Report of the King Institute of Preventive Medicine, Guindy
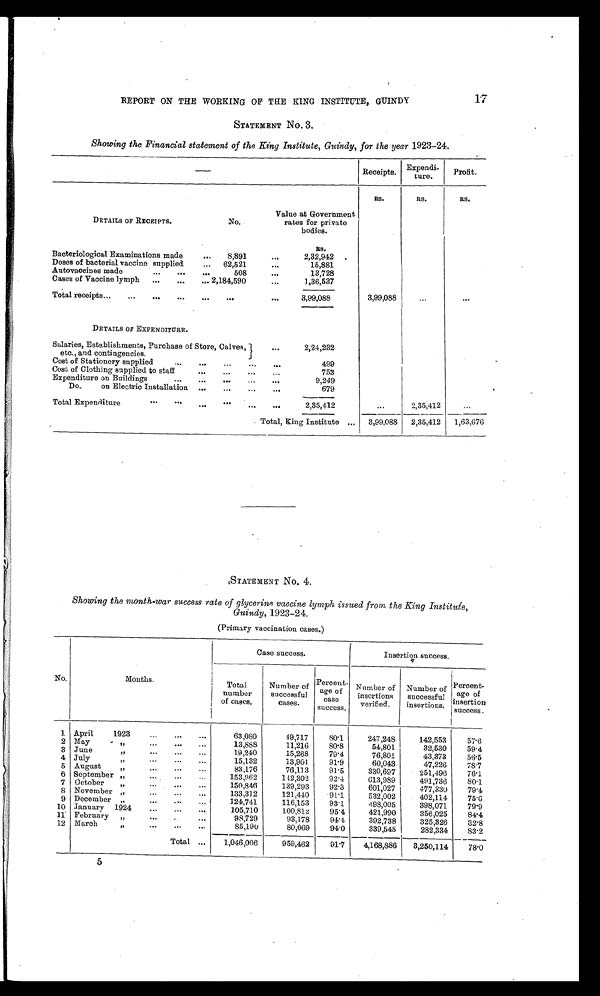
17
REPORT ON THE WORKING OF THE KING INSTITUTE, GUINDY
STATEMENT No. 3.
Showing the Financial statement of the King Institute, Guindy, for the year 1923-24.
— Receipts.
Expendi-
ture.
Profit.
R5.
RS.
RS.
DETAILS OF RECEIPTS.
No.
Value at Government
rates for private
bodies.
Rs.
Bacteriological Examinations made . . .
8,891 . . .
2,32,942
Doses of bacterial vaccine supplied . . .
62,521 . . .
15,881
Autovaocines made . . .
508 . . .
13,728
Cases of Vaccine lymph . . . 2,184,590 . . .
1,36,537
Total receipts . . .
. . .
3,99,088
3,99,08
. . .
. . .
DETAILS OF EXPENDITURE.
Salaries, Establishments, Purchase of Store, Calves,
etc., and contingencies. . . .
2,24,232
Cost of Stationery supplied . . .
499
Cost of Clothing supplied to staff . . .
753
Expenditure on Buildings . . .
9,249
Do.
on Electric Installation . . .
679
Total Expenditure
2,35,41
. . .
2,35,412
. . .
Total, King Institute . . .
3,99,088
2,35,412
1,63,676
STATEMENT No. 4.
Showing the month-war success rate of glycerine vaccine lymph issued from the King Institute,
Guindy, 1923-24.
(Primary vaccination cases.)
No.
Months.
Case success.
Insertion success.
Total
number
of cases.
Number of
successful
cases.
Percent
- age of
case
success.
Number of
insertions
verified.
Number
of successful
insertions.
Percent
-
age of
insertion
success.
1 April
1923 . . .
63,080
49,717
80.1
247,248
142,553
57.6
2 May " . . .
13,888
11,216
80.8
54,801
32,530
59.4
3 June " . . .
19,240
15,268
79.4
76,801
43,373
56.5
4 July " . . .
15,132
13,901
91.9
60,043
47,226
78.7
5 August " . . .
83,176
76,113
91.5
330,697
251,496
76.1
6 September " . . .
153,962
142,302
92.4
613,989
491,736
80.1
7 October " . . .
150,846
139,293
92.3
601,027
477,830
79.4
8 November " . . .
133,312
121,440
91.1
532,002
402,114
75.6
9 December " . . .
124,741
116,153
93.1
498,005
398,071
79.9
10 January 1924 " . . .
105,710
100,812
95.4
421,990
356,025
84.4
11 February " . . .
98,729
93,178
94.4
392,738
325,326
8 2 . 8
12 March " . . .
85,190
80,069
94.0
339,545
282,334
8 3 . 2
Total . . .
1,046,006
959,462
91.7
4,168,886
3,250,114
78.0
5